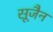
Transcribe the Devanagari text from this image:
सूजैन